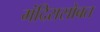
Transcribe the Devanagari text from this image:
मंदिरासोबत